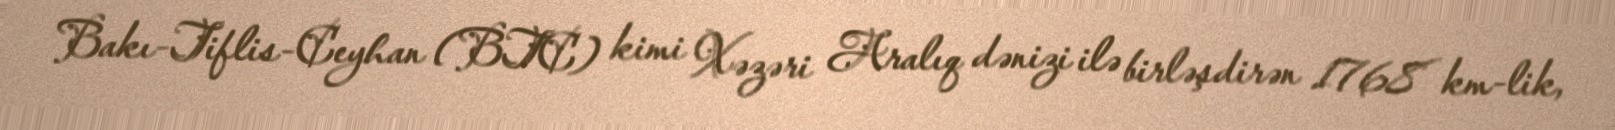
Bakı-Tiflis-Ceyhan (BTC) kimi Xəzəri Aralıq dənizi ilə birləşdirən 1768 km-lik,